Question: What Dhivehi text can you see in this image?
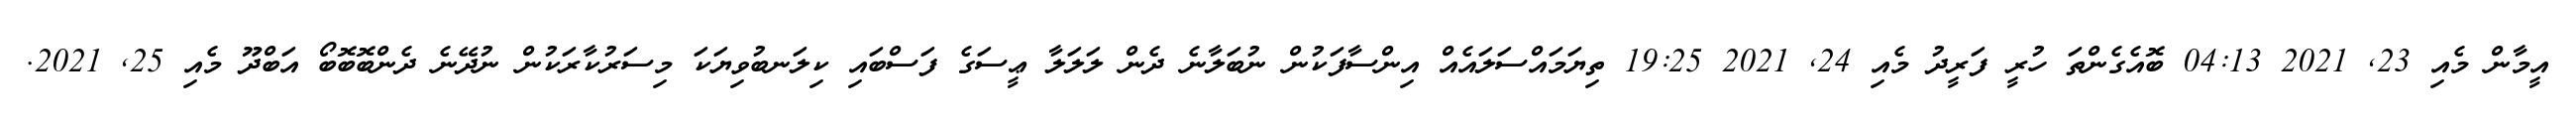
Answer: އީމާން މެއި 23, 2021 04:13 ބޮއެގެންތަ ހުރީ ފަރީދު މެއި 24, 2021 19:25 ތިޔަމައްސަލައެއް އިންސާފަކުން ނުބަލާނެ ދެން ލަލަލާ ޢީސަގެ ފަސްބައި ކިލަނބުވިޔަކަ މިސަރުކާރަކުން ނުދޭނެ ދެންބޮބޮބޯ އަބްދޫ މެއި 25, 2021.